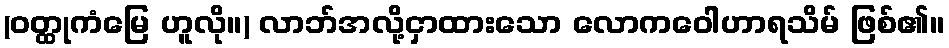
(ဝတ္ထုကံမြေ ဟူလို။) လာဘ်အလို့ငှာထားသော လောကဝေါဟာရသိမ် ဖြစ်၏။